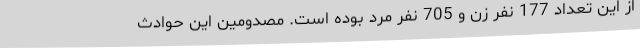
از این تعداد 177 نفر زن و 705 نفر مرد بوده است. مصدومین این حوادث